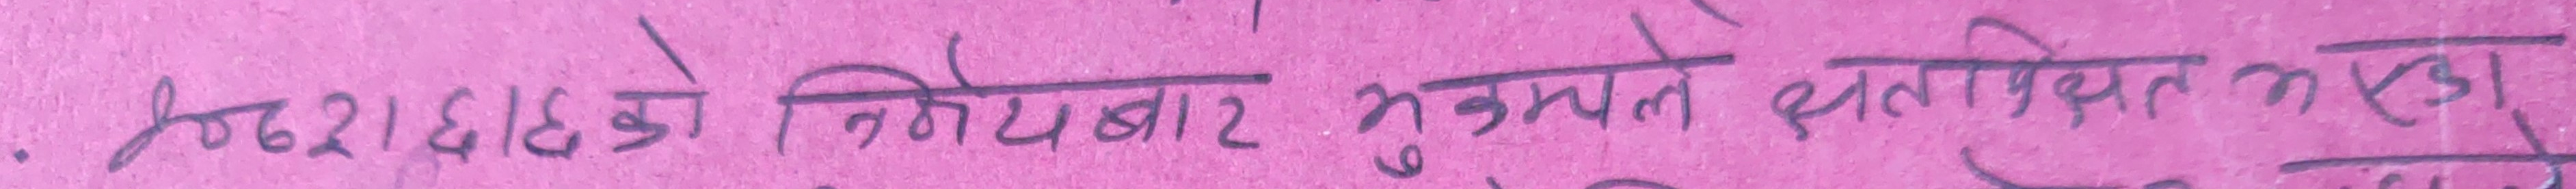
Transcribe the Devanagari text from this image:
छठ्ठाईसठ्ठीको निर्णयबारे मुख्मले छलफल भएको